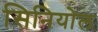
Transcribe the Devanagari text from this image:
सिनियोल